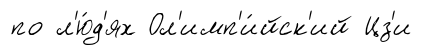
по л'ю́д'ях Ол'имп'и́йск'ий Цз'и